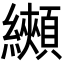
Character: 𦇦